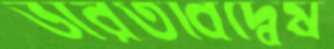
ভারতবিদ্বেষ